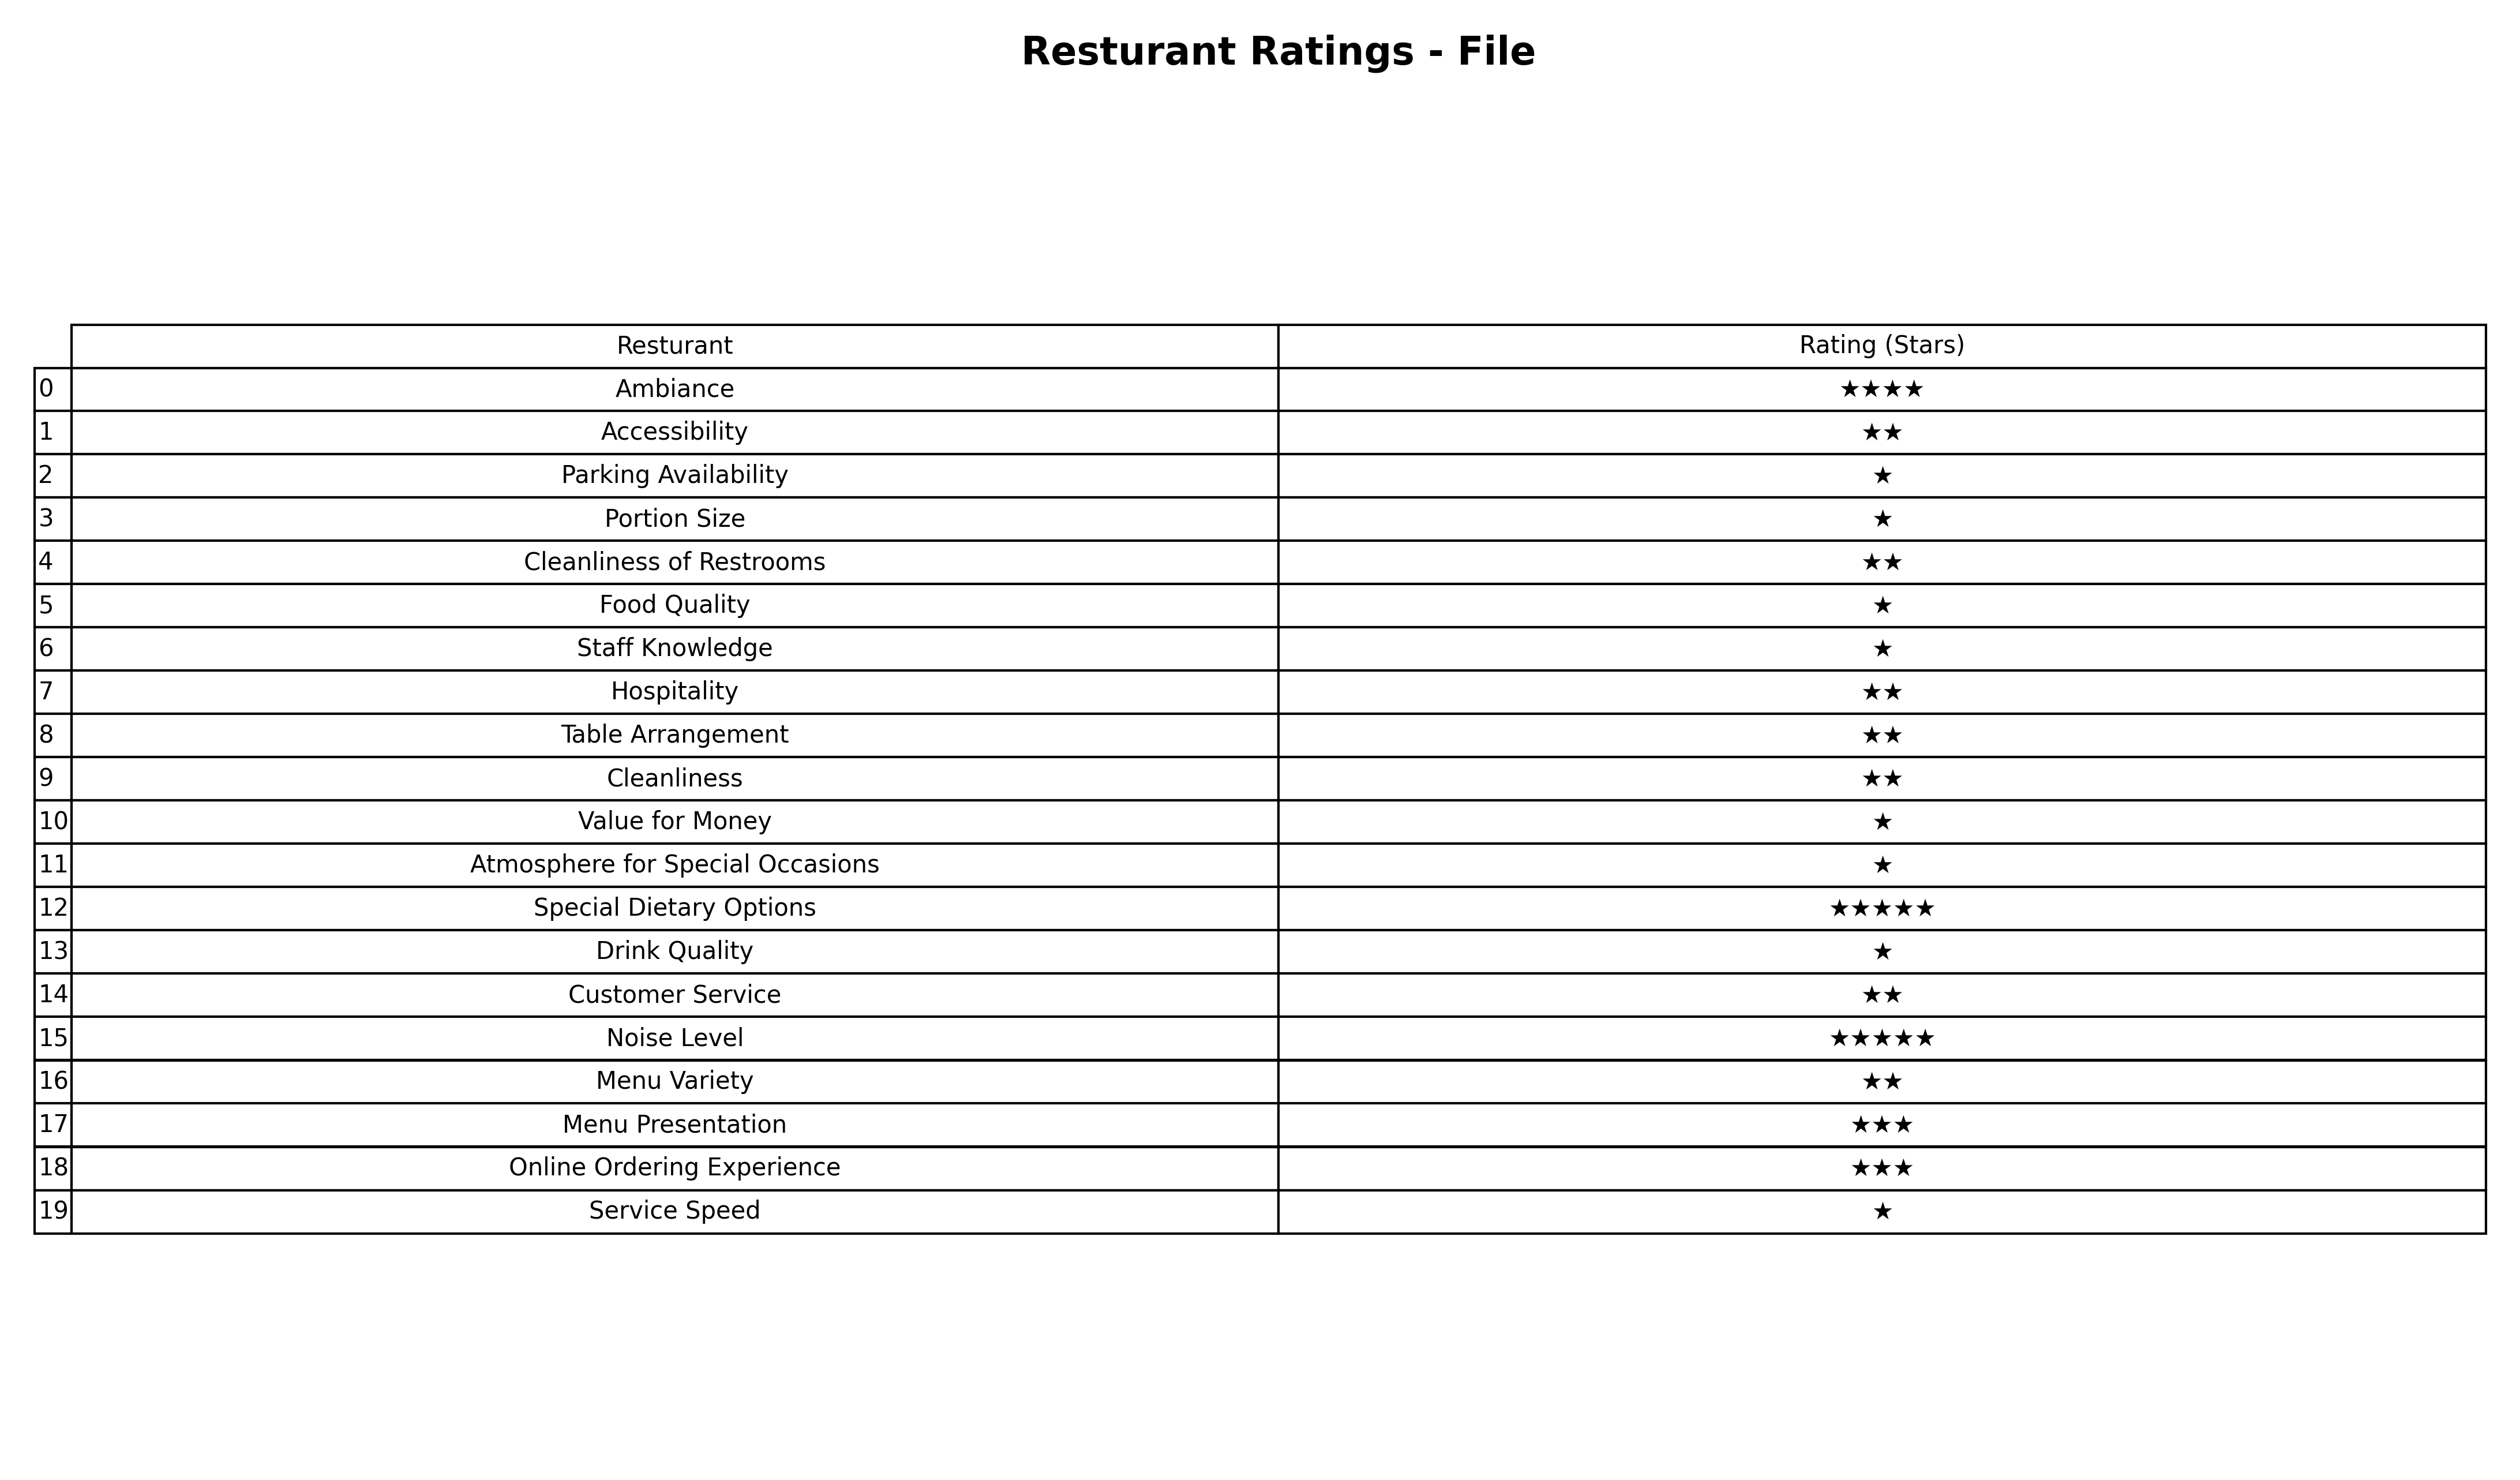
question: What is the rating of Hospitality?
answer: ★★